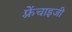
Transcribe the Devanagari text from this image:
फ़्रेंचाइजी